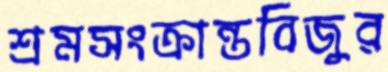
শ্রমসংক্রান্তবিজুর